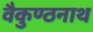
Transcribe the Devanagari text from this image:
वैकुण्ठनाथ